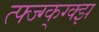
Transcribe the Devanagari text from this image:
त्फ्ज्ग्क्ग्क्झ